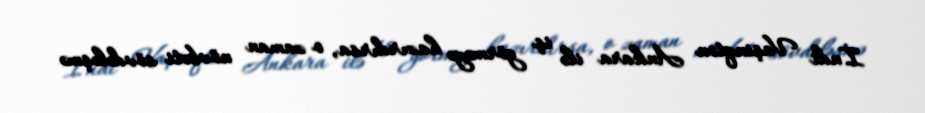
İndi Vaşinqton Ankara ilə iş görməyə hazırdırsa, o zaman növbəti sövdələşmə